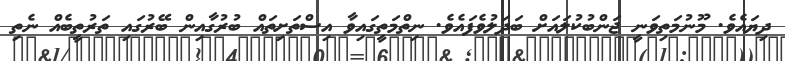
ދިޔައެވެ. މޫނުމަތިވަނީ ޖަންބުކުލައަށް ބަދަލުވެފައެވެ. ނިތްމަތީގައިވާ އިސްތަށިތައް ބުރުގާއިން ބޭރުގައި ތަރުތީބެއް ނެތި